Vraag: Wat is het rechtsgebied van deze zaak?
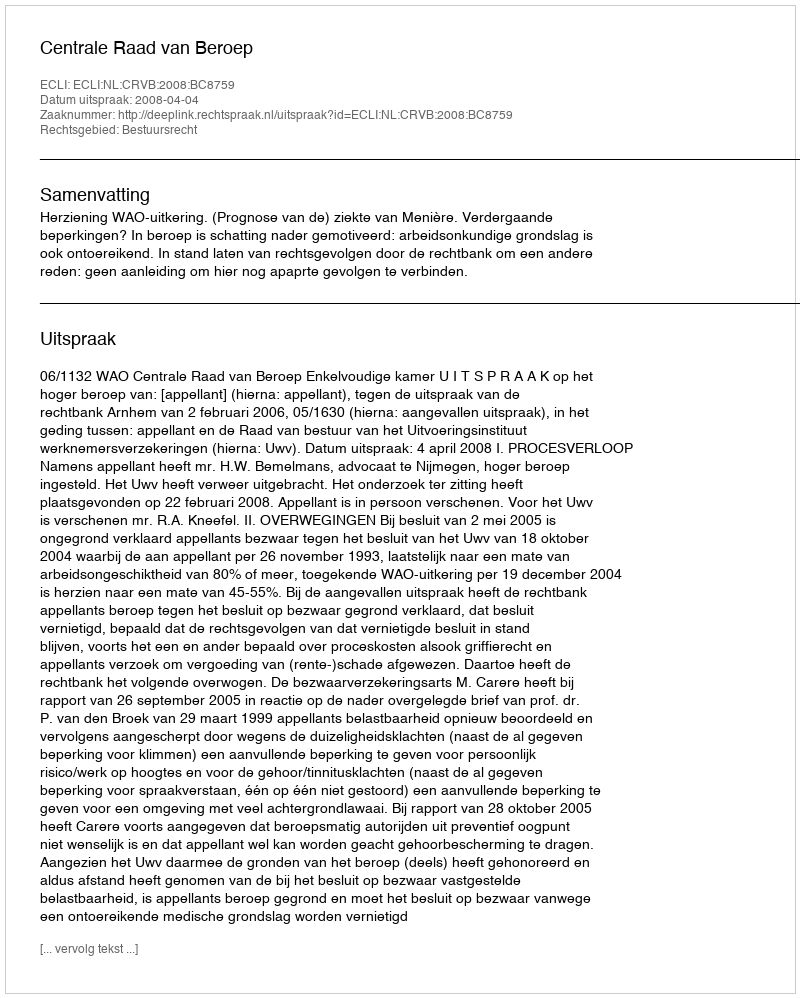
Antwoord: Bestuursrecht